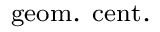
_ \mathrm { g e o m . \ c e n t . }